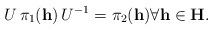
LaTeX: \begin{align*}U \, \pi_1(\mathbf{h}) \, U^{-1} = \pi_2(\mathbf{h}) \forall \mathbf{h} \in \mathbf{H}.\end{align*}